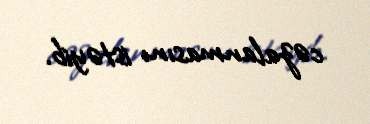
cəzalanmasını istəyib.